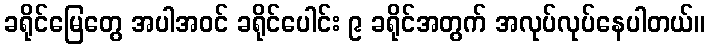
ခရိုင်မြေတွေ အပါအဝင် ခရိုင်ပေါင်း ၉ ခရိုင်အတွက် အလုပ်လုပ်နေပါတယ်။